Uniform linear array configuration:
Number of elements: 4
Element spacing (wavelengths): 1
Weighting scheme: hamming
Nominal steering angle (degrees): -30
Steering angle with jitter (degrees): -29.239
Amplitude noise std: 0.05
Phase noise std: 0.05

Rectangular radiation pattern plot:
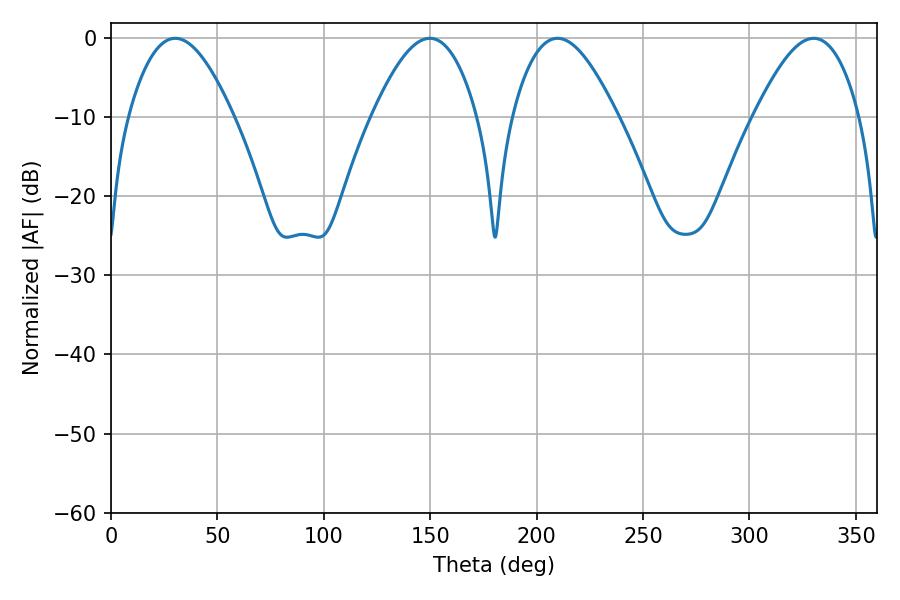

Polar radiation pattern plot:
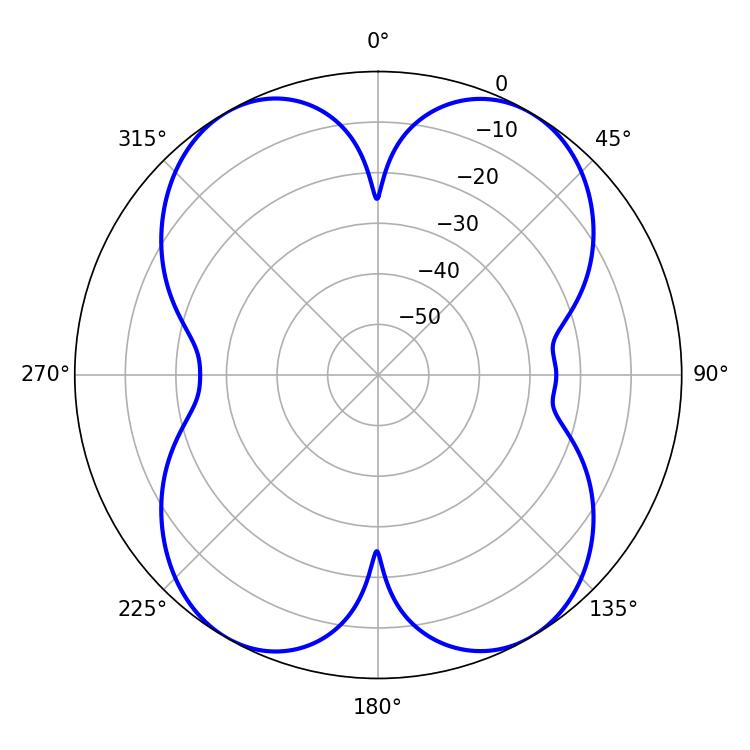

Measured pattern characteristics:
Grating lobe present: TRUE
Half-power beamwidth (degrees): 26.82
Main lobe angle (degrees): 209.88